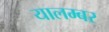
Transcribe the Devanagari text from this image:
यालम्बर